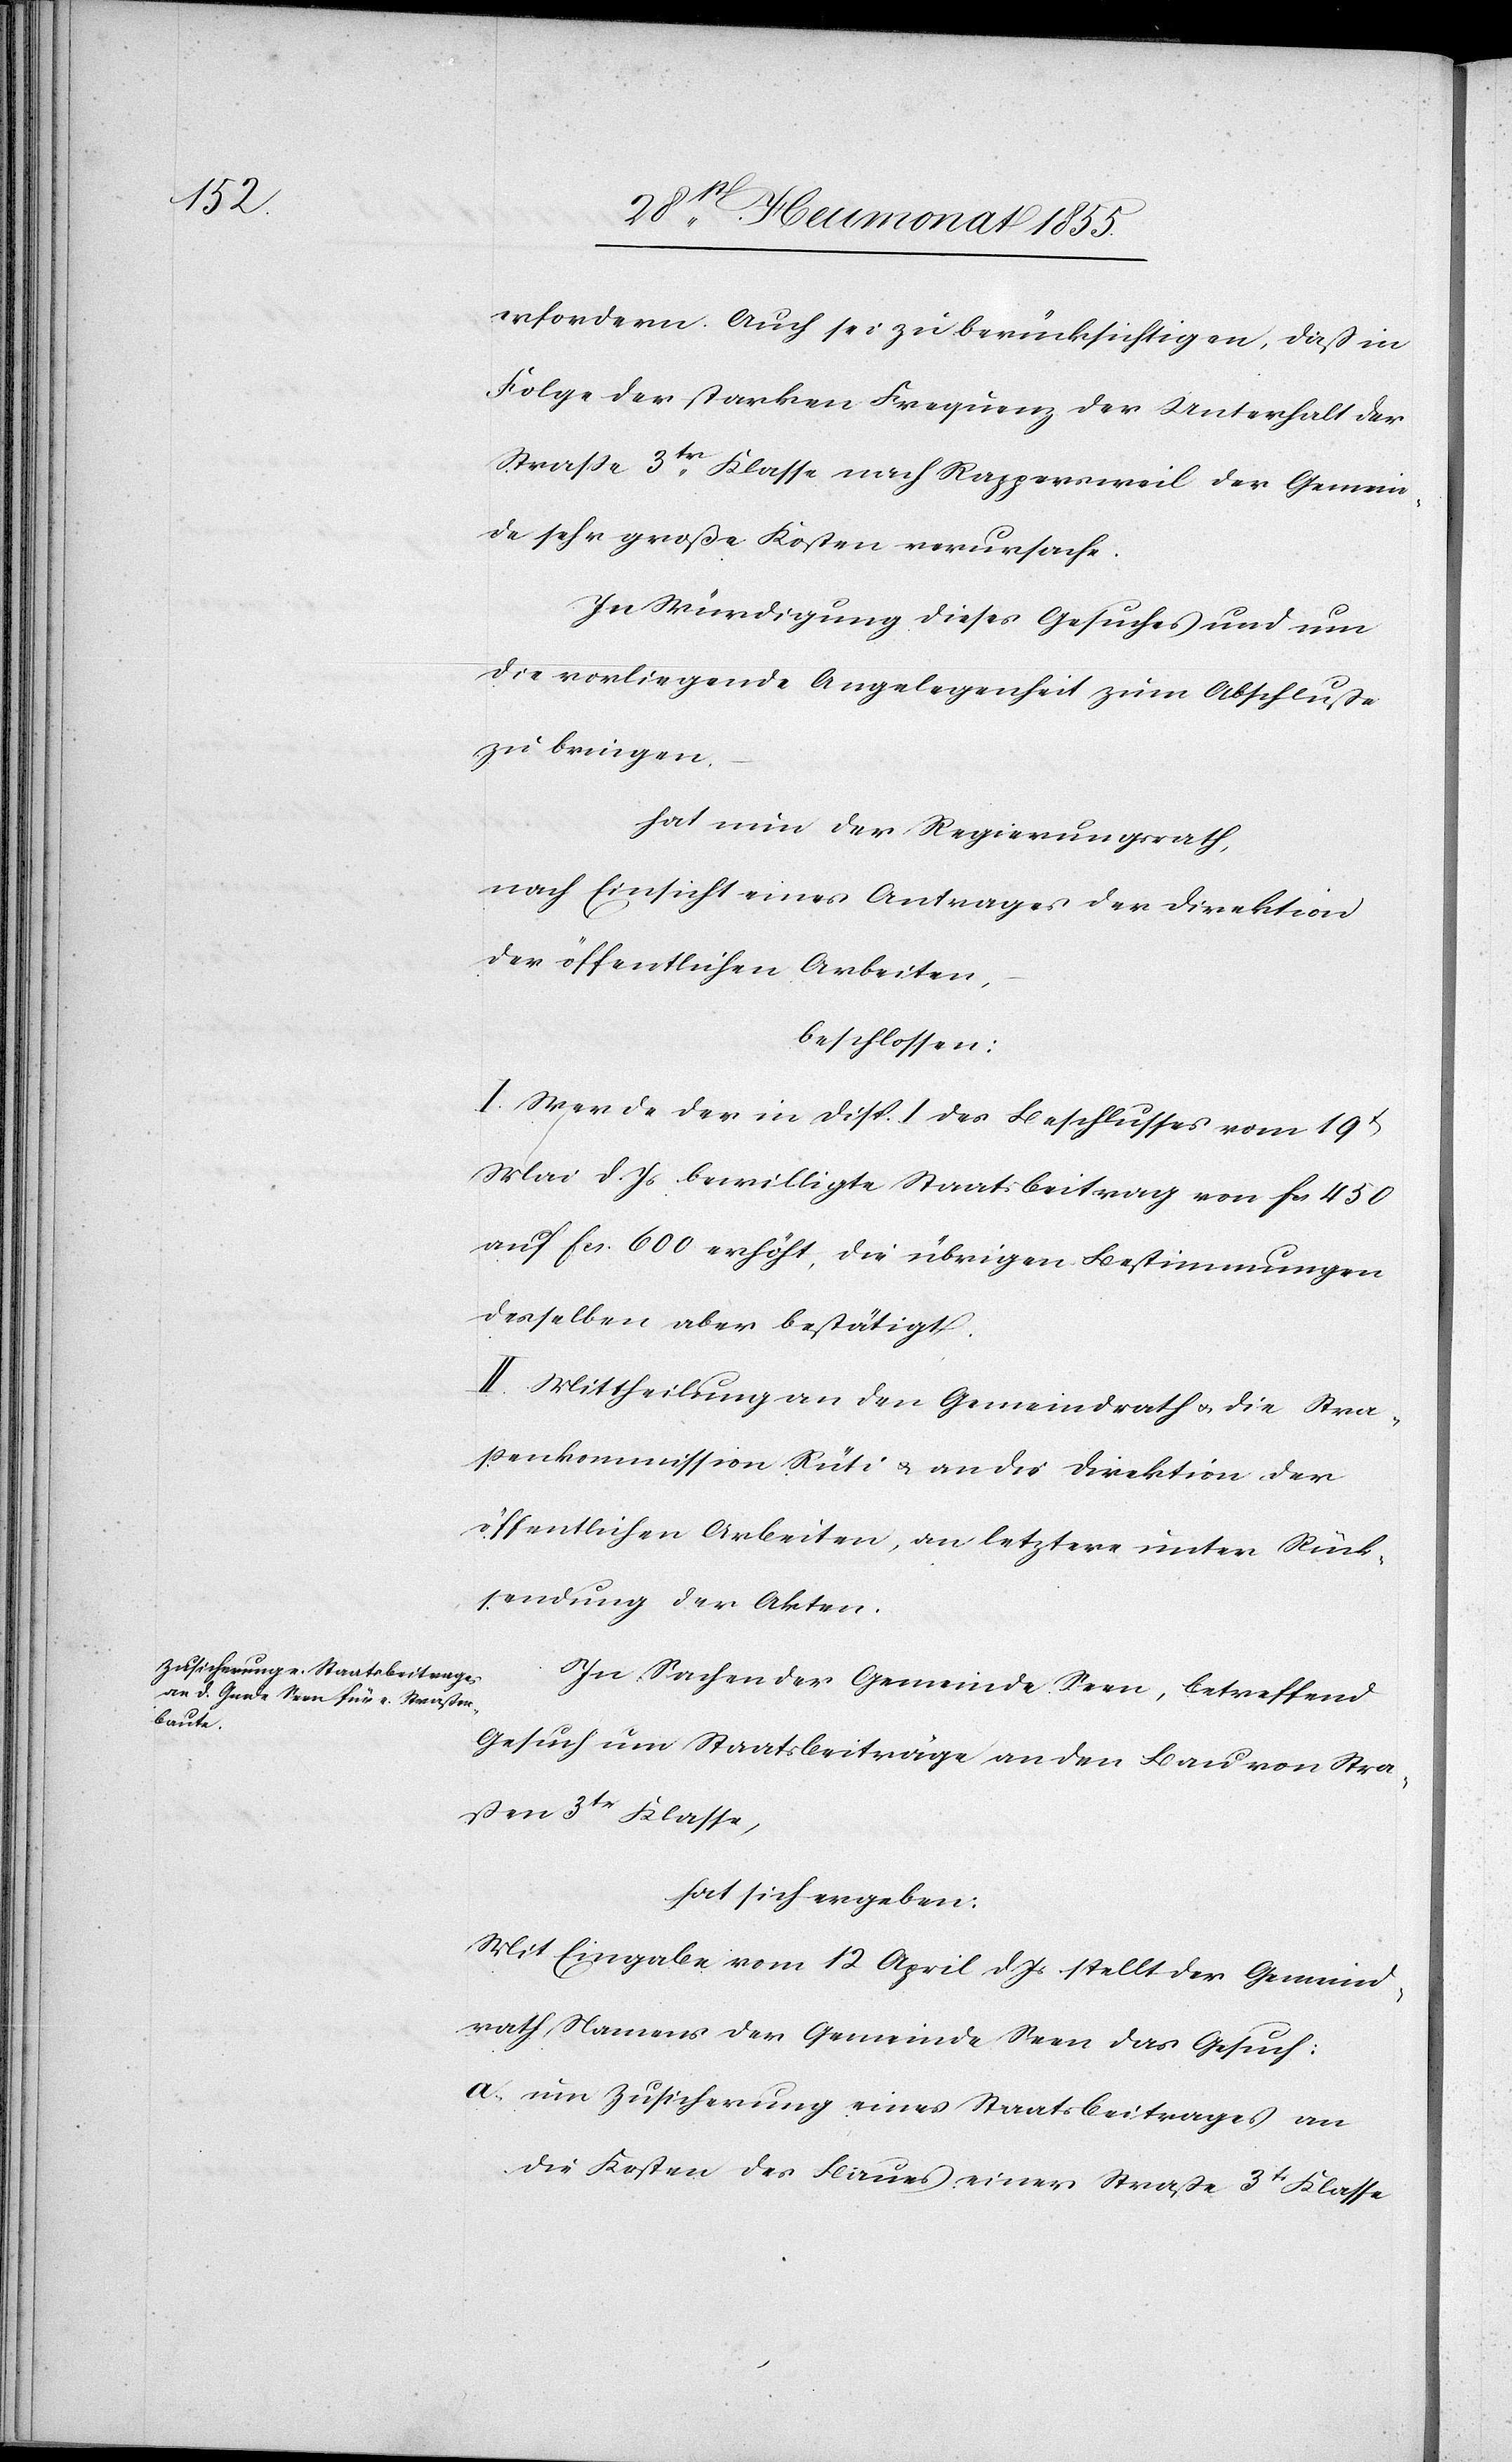
erfordern. Auch sei zu berücksichtigen, daß in
Folge der starken Frequenz der Unterhalt der
Straße 3tr. Klasse nach Rappersweil der Gemein¬
de sehr große Kosten verursache.
In Würdigung dieses Gesuches und um
die vorliegende Angelegenheit zum Abschluße
zu bringen,
hat nun der Regierungsrath,
nach Einsicht eines Antrages der Direktion
der öffentlichen Arbeiten,
beschlossen:
I. Werde der in Disp. I des Beschlusses vom 19t
Mai d. Js. bewilligte Staatsbeitrag von Fcs. 450
auf Fcs. 600 erhöht, die übrigen Bestimmungen
desselben aber bestätigt.
II. Mittheilung an den Gemeindrath & die Stra¬
ßenkommission Rüti & an die Direktion der
öffentlichen Arbeiten, an letztere unter Rück¬
sendung der Akten.
In Sachen der Gemeinde Seen, betreffend
Gesuch um Staatsbeiträge an den Bau von Stra¬
ßen 3tr Klasse,
hat sich ergeben:
Mit Eingabe vom 12. April d. Js. stellt der Gemeind¬
rath Namens der Gemeinde Seen das Gesuch:
um Zusicherung eines Staatsbeitrages an
die Kosten des Baues einer Straße 3tr Klasse